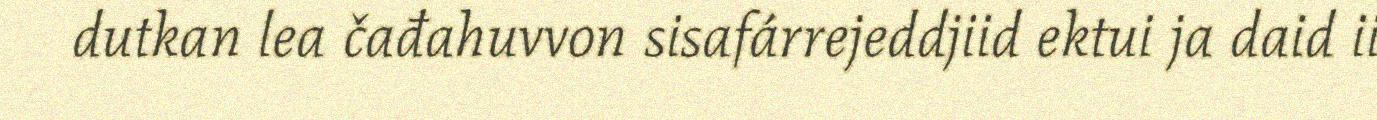
dutkan lea čađahuvvon sisafárrejeddjiid ektui ja daid ii